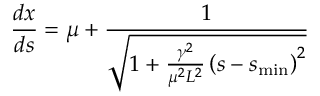
\frac { d x } { d s } = \mu + \frac { 1 } { \sqrt { 1 + \frac { \gamma ^ { 2 } } { \mu ^ { 2 } L ^ { 2 } } \left( s - s _ { \mathrm { m i n } } \right) ^ { 2 } } }